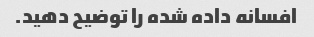
افسانه داده شده را توضیح دهید.